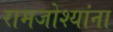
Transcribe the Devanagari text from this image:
रामजोश्यांना